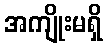
အကျိုးမရှိ